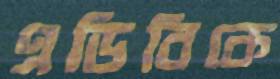
এডিবিকে